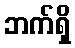
ဘက်ရှိ